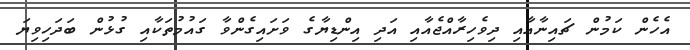
އެހެން ކަމުން ޗައިނާއާއި ދިވެހިރާއްޖެއާއި އަދި އިންޑިޔާގެ ވަށައިގެންވާ ގައުމުތަކާއި ގުޅުން ބަދަހިވިޔަ